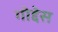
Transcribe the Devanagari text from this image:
गोद्देस